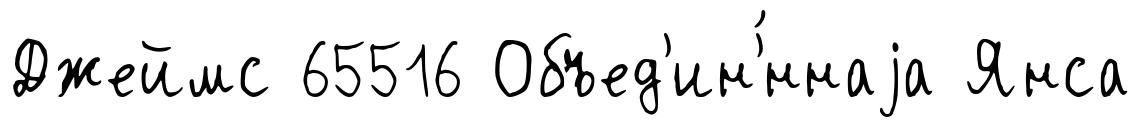
Джеймс 65516 Объед'ин'́ннаjа Янса